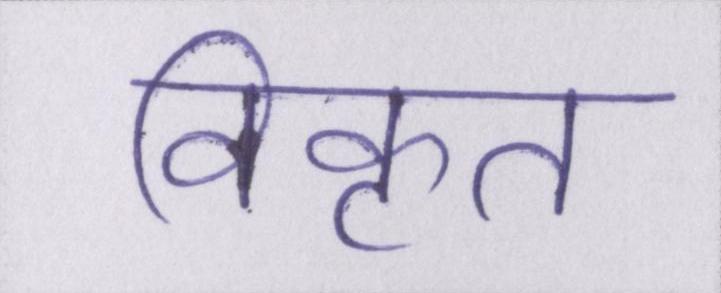
विकृत